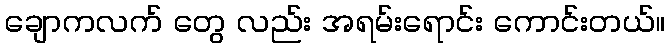
ချောကလက် တွေ လည်း အရမ်းရောင်း ကောင်းတယ်။